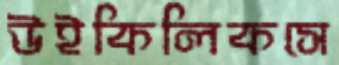
উইকিলিকসে